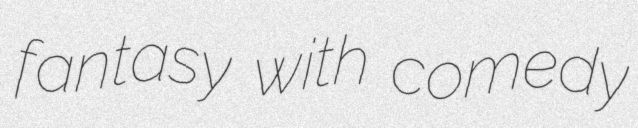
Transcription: fantasy with comedy